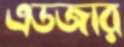
এডজার